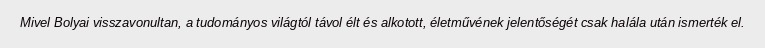
Mivel Bolyai visszavonultan, a tudományos világtól távol élt és alkotott, életművének jelentőségét csak halála után ismerték el.